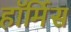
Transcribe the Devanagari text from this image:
हॉर्मिस